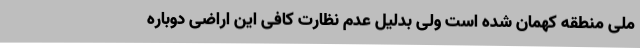
ملی منطقه کهمان شده است ولی بدلیل عدم نظارت کافی این اراضی دوباره